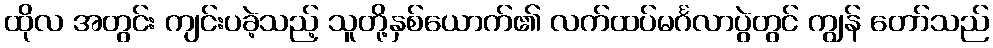
ထိုလ အတွင်း ကျင်းပခဲ့သည့် သူတို့နှစ်ယောက်၏ လက်ထပ်မင်္ဂလာပွဲတွင် ကျွန် တော်သည်